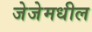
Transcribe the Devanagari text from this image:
जेजेमधील